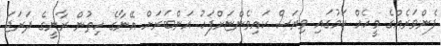
ފެންވަރެއްގެ މީހެއް ކަމުގައި ވިޔަސް ކައިވެންޏަށްފަހު އަންބަރަށް އޭނާގެ ހިތުން ރާނީގެ ދަރަޖަ